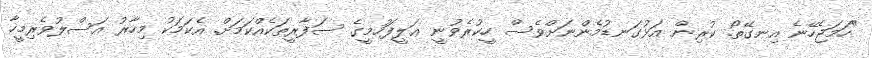
"ހަމަޖެހޭނެ އިނގޭތޯ. ކުރިން އަޅުގަނޑުމެންނަށްވެސް ހީކުރެވުނީ ޢަލީފަހުމީގެ ސަފާރީތަކެއްކަމަށް. އެކަމަކު މިހާރު އަސްލުވެރިމީހާ